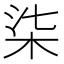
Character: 柒